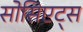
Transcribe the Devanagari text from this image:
सोसिएट्स